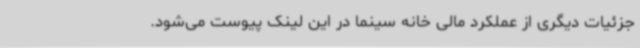
جزئیات دیگری از عملکرد مالی خانه سینما در این لینک پیوست می‌شود.